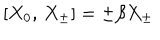
[ X _ { 0 } , \, X _ { \pm } ] = \pm \beta X _ { \pm }